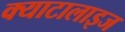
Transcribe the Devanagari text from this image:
क्याटालाइज